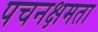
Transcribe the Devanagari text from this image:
पचनक्षमता